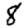
Digit: 8